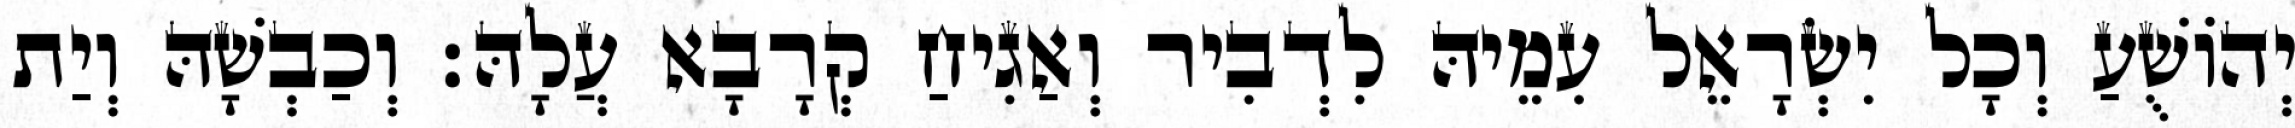
יְהוֹשֻׁעַ וְכָל יִשְׂרָאֵל עִמֵיהּ לִדְבִיר וְאַגִיחַ קְרָבָא עֲלָהּ׃ וְכַבְשָׁהּ וְיַת